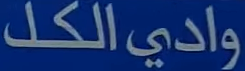
وادي الكل